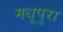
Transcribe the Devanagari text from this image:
मधूपुरा